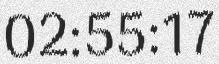
02:55:17